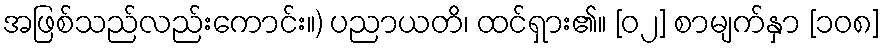
အဖြစ်သည်လည်းကောင်း။) ပညာယတိ၊ ထင်ရှား၏။ [၀၂] စာမျက်နှာ [၁၀၈]